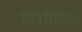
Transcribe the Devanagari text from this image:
निर्वासितांचं